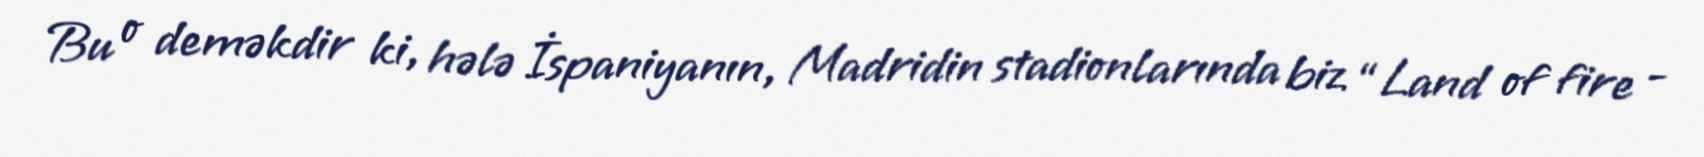
Bu o deməkdir ki, hələ İspaniyanın, Madridin stadionlarında biz “Land of fire -